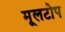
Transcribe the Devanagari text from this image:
मूलटोप